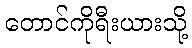
တောင်ကိုရီးယားသို့